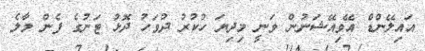
އައިލޭންޑް އޭވިއޭޝަނުން ވަނީ މިދިޔަ ހުކުރު ދުވަހު ދޮޅު ޓަނުގެ ފެން މާލެ